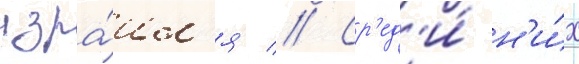
изра́ил'я // Ср'ед'и́ н'и́х